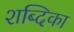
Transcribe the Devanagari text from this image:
शब्दिका